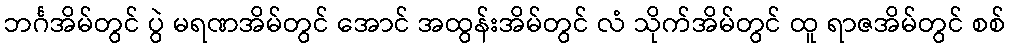
ဘင်္ဂအိမ်တွင် ပွဲ မရဏအိမ်တွင် အောင် အထွန်းအိမ်တွင် လံ သိုက်အိမ်တွင် ထူ ရာဇအိမ်တွင် စစ်